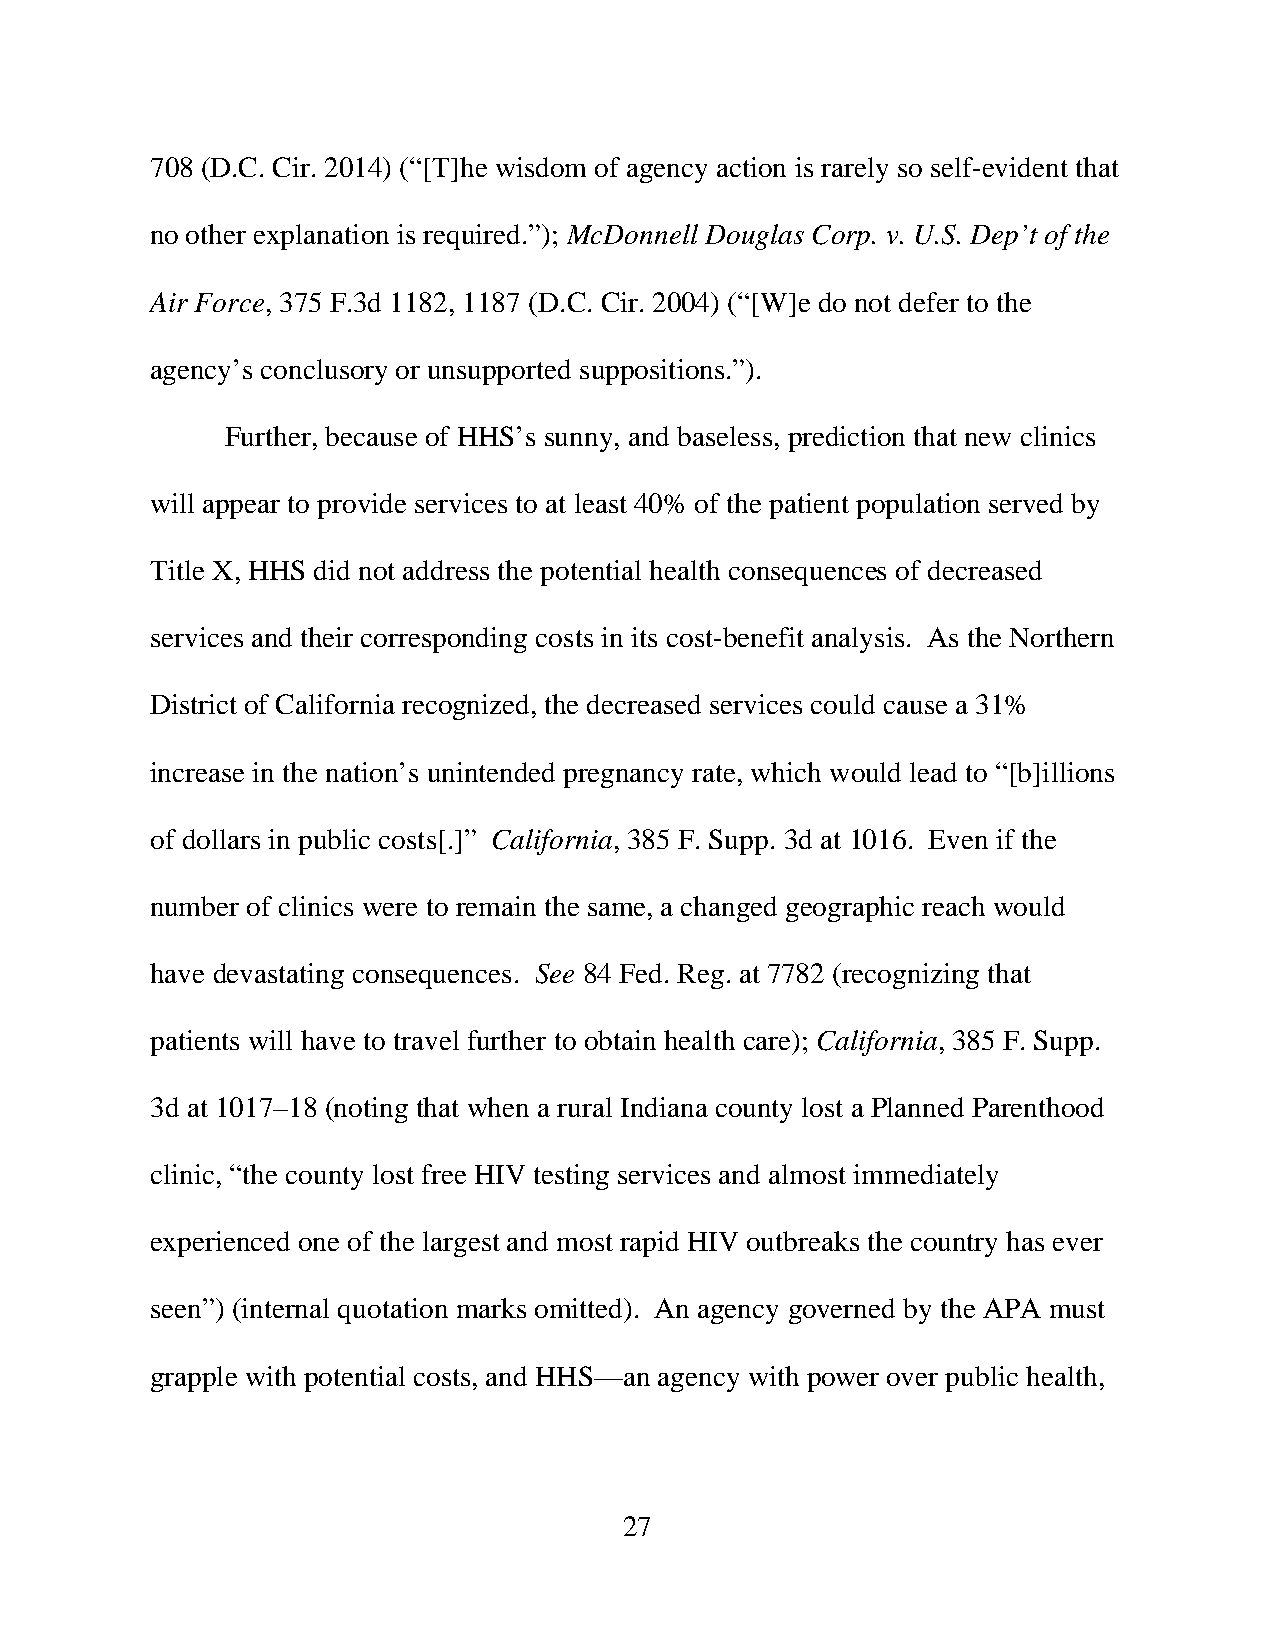
708 (D.C. Cir. 2014) (“[T]he wisdom of agency action is rarely so self-evident that
 no other explanation is required.”); McDonnell Douglas Corp. v. U.S. Dep’t of the
 Air Force, 375 F.3d 1182, 1187 (D.C. Cir. 2004) (“[W]e do not defer to the
 agency’s conclusory or unsupported suppositions.”).
 Further, because of HHS’s sunny, and baseless, prediction that new clinics
 will appear to provide services to at least 40% of the patient population served by
 Title X, HHS did not address the potential health consequences of decreased
 services and their corresponding costs in its cost-benefit analysis. As the Northern
 District of California recognized, the decreased services could cause a 31%
 increase in the nation’s unintended pregnancy rate, which would lead to “[b]illions
 of dollars in public costs[.]” California, 385 F. Supp. 3d at 1016. Even if the
 number of clinics were to remain the same, a changed geographic reach would
 have devastating consequences. See 84 Fed. Reg. at 7782 (recognizing that
 patients will have to travel further to obtain health care); California, 385 F. Supp.
 3d at 1017–18 (noting that when a rural Indiana county lost a Planned Parenthood
 clinic, “the county lost free HIV testing services and almost immediately
 experienced one of the largest and most rapid HIV outbreaks the country has ever
 seen”) (internal quotation marks omitted). An agency governed by the APA must
 grapple with potential costs, and HHS—an agency with power over public health,
 27